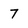
Character: 7